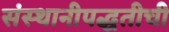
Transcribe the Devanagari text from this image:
संस्थानीपद्धतीची